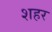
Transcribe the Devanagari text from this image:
शहर